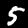
Label: 5